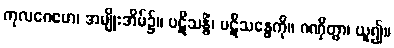
ကုလဂေဟေ၊ အမျိုးအိမ်၌။ ပဋိသန္ဓိံ၊ ပဋိသန္ဓေကို။ ဂဏှိတွာ၊ ယူ၍။